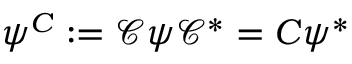
\psi ^ { C } : = \mathcal { C } \psi \mathcal { C } ^ { * } = C \psi ^ { * }